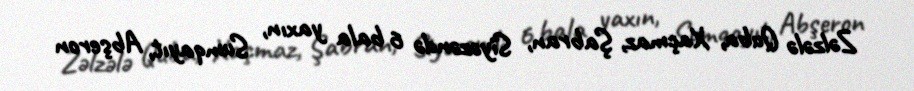
Zəlzələ Quba, Xaçmaz, Şabran, Siyəzəndə 6 bala yaxın, Sumqayıt, Abşeron